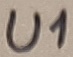
Text: U1